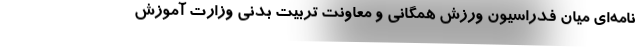
نامه‌ای میان فدراسیون ورزش همگانی و معاونت تربیت بدنی وزارت آموزش